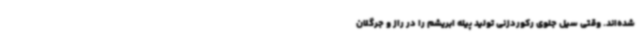
شده‌اند. وقتی سیل جلوی رکوردزنی تولید پیله ابریشم را در راز و جرگلان